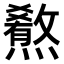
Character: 𤐳